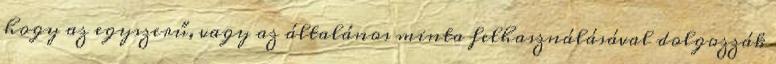
hogy az egyszerű, vagy az általános minta felhasználásával dolgozzák